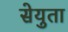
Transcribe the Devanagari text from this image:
सेयुता